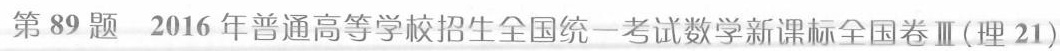
第89题2016年普通高等学校招生全国统一考试数学新课标全国卷Ⅲ(理21)